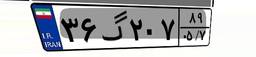
۲۹گ۰۵۳۶۹